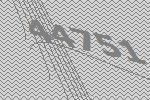
44751